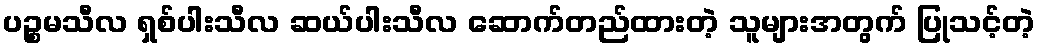
ပဉ္စမသီလ ရှစ်ပါးသီလ ဆယ်ပါးသီလ ဆောက်တည်ထားတဲ့ သူများအတွက် ပြုသင့်တဲ့